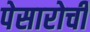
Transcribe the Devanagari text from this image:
पेसारोची